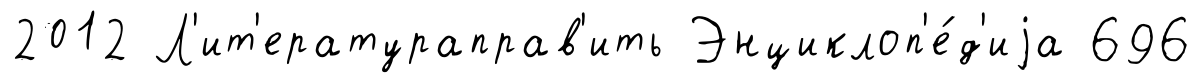
2012 Л'ит'ератураправ'ить Энциклоп'е́д'иjа 696